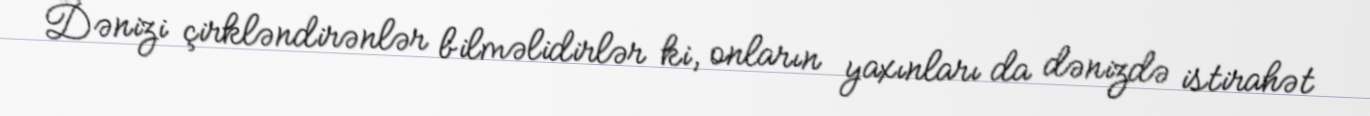
Dənizi çirkləndirənlər bilməlidirlər ki, onların yaxınları da dənizdə istirahət